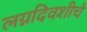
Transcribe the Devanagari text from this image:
लग्नदिवशीचे